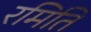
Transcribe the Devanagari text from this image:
रमिति